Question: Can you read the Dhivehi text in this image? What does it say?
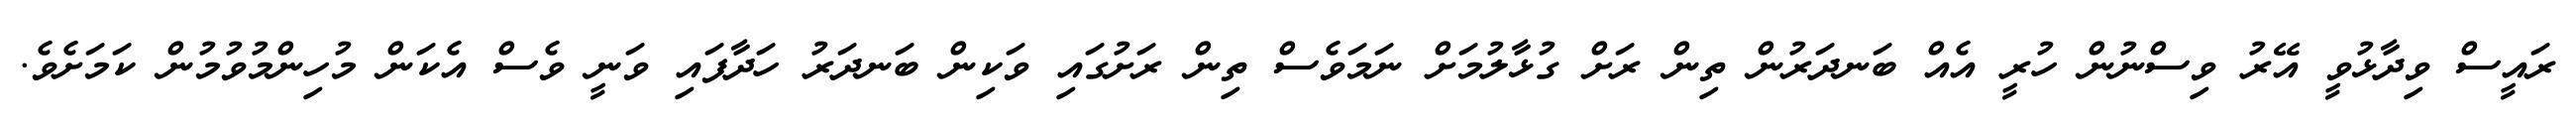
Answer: ރައީސް ވިދާޅުވީ އޭރު ވިސްނުން ހުރީ އެއް ބަނދަރުން ތިން ރަށް ގުޅާލުމަށް ނަމަވެސް ތިން ރަށުގައި ވަކިން ބަނދަރު ހަދާފައި ވަނީ ވެސް އެކަން މުހިންމުވުމުން ކަމަށެވެ.